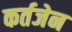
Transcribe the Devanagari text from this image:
कर्तजेन